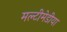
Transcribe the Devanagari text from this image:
मल्टीमेडीया